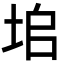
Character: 垖